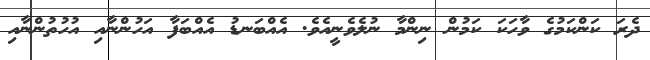
ދެރަ ކަންކަމުގެ ވާހަކަ ކަމުން ނިންމާ ނުލެވެނީއެވެ. އެއްބަނޑު އެއްބަފާ އަހުންނާއި އުހުތުންނާއި